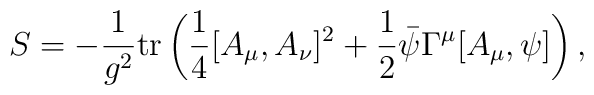
S = - \frac{1}{g^2} {\rm tr} \left( \frac{1}{4}[A_\mu, A_\nu]^2      + \frac{1}{2} \bar{\psi} \Gamma^\mu [A_\mu,\psi]\right) ,